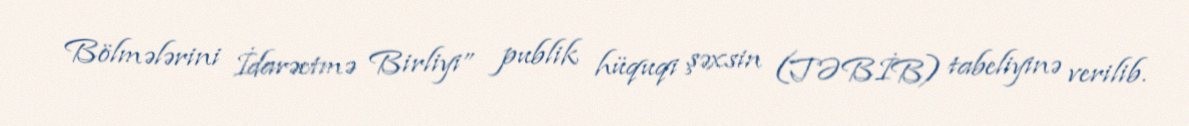
Bölmələrini İdarəetmə Birliyi” publik hüquqi şəxsin (TƏBİB) tabeliyinə verilib.